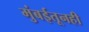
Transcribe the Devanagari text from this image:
मुंबईतूनही